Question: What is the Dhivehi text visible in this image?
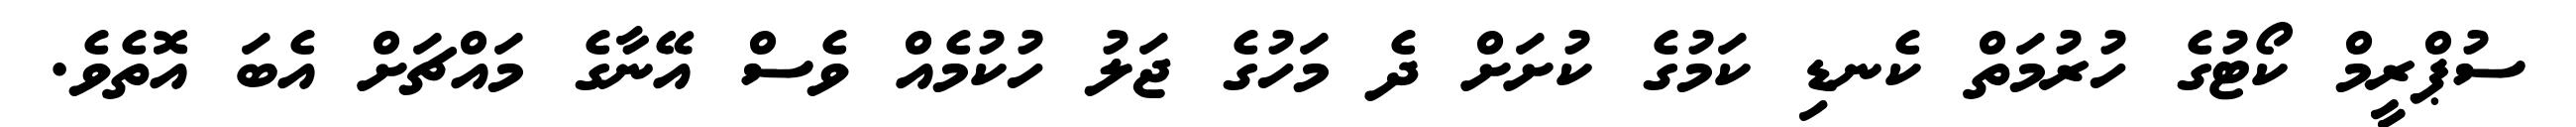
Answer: ސުޕްރީމް ކޯޓުގެ ހުރުމަތް ކެނޑި ކަމުގެ ކުށަށް ދެ މަހުގެ ޖަލު ހުކުމެއް ވެސް އޭނާގެ މައްޗަށް އެބަ އޮތެވެ.